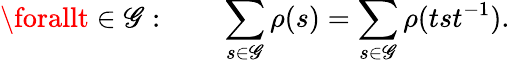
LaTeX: \forallt\in\mathscr{G}:\qquad\sum_{s\in\mathscr{G}}\rho(s)=\sum_{s\in\mathscr{G}}\rho(tst^{-1}).